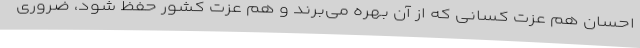
احسان هم عزت کسانی که از آن بهره می‌برند و هم عزت کشور حفظ شود، ضروری